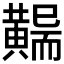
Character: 𪏖